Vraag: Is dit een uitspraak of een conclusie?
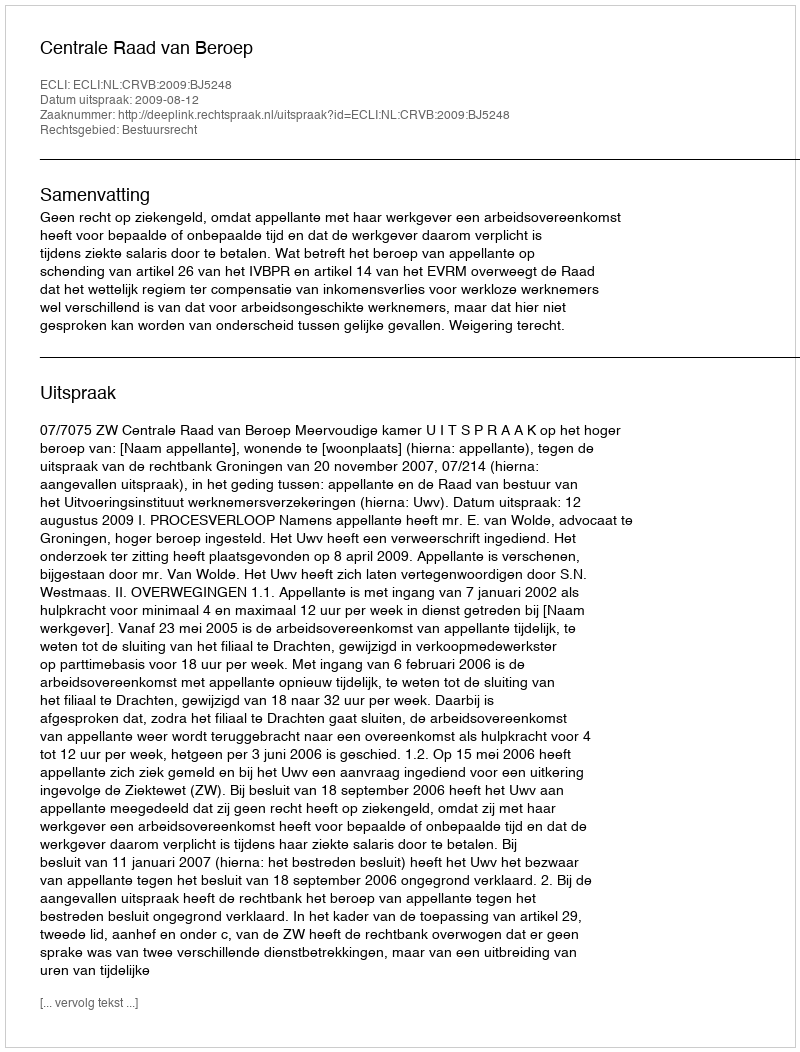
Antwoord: Uitspraak